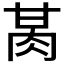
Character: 𰮕